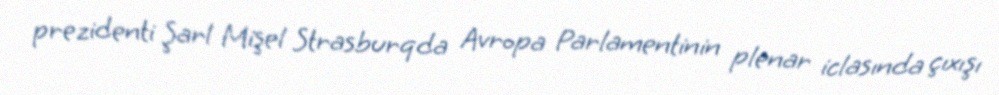
prezidenti Şarl Mişel Strasburqda Avropa Parlamentinin plenar iclasında çıxışı